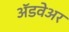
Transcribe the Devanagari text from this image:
अॅडवेअर